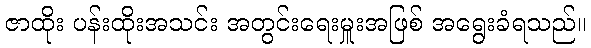
ဇာထိုး ပန်းထိုးအသင်း အတွင်းရေးမှူးအဖြစ် အရွေးခံရသည်။